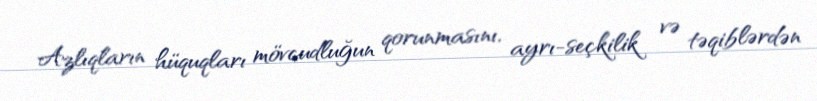
Azlıqların hüquqları mövcudluğun qorunmasını, ayrı-seçkilik və təqiblərdən